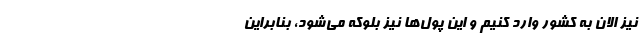
نیز الان به کشور وارد کنیم و این پول‌ها نیز بلوکه می‌شود، بنابراین